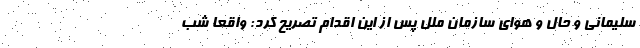
سلیمانی و حال و هوای سازمان ملل پس از این اقدام تصریح کرد: واقعا شب